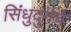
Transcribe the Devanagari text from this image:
सिंधुदुर्गचे